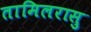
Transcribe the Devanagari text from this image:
तामिलरासु